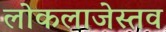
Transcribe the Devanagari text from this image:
लोकलाजेस्तव